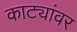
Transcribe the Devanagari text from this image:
काट्यांवर